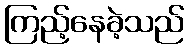
ကြည့်နေခဲ့သည်